Report on the lunatic asylums in Bengal - 1862-
Year: 1862
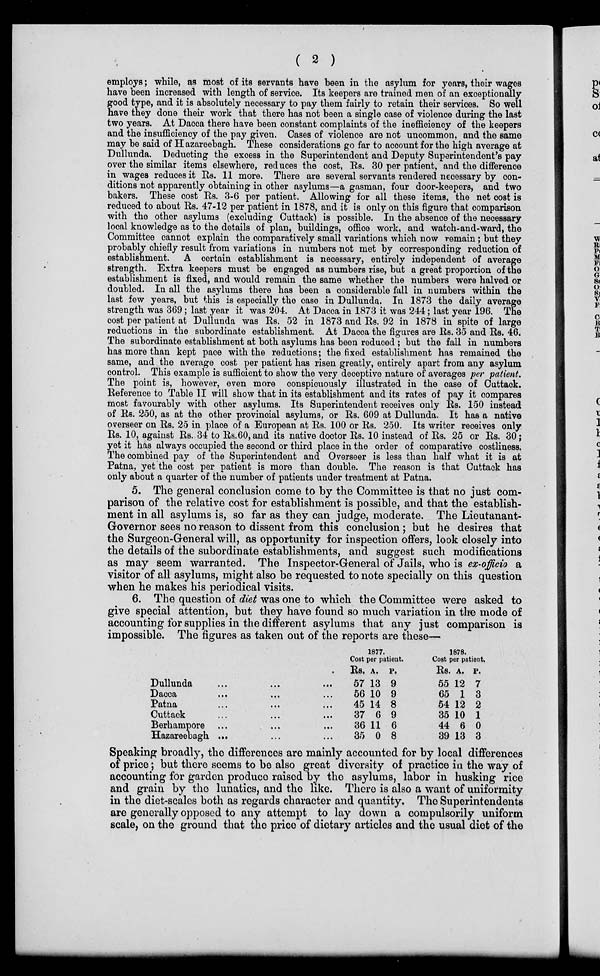
( 2 )
employs; while, as most of its servants have been in the asylum for years, their wages
have been increased with length of service. Its keepers are trained men of an exceptionally
good type, and it is absolutely necessary to pay them fairly to retain their services. So well
have they done their work that there has not been a single case of violence during the last
two years. At Dacca there have been constant complaints of the inefficiency of the keepers
and the insufficiency of the pay given. Cases of violence are not uncommon, and the same
may be said of Hazareebagh. These considerations go far to account for the high average at
Dullunda. Deducting the excess in the Superintendent and Deputy Superintendent's pay
over the similar items elsewhere, reduces the cost, Rs. 30 per patient, and the difference
in wages reduces it Rs. 11 more. There are several servants rendered necessary by con-
ditions not apparently obtaining in other asylums—a gasman, four door-keepers, and two
bakers. These cost Rs. 3-6 per patient. Allowing for all these items, the net cost is
reduced to about Rs. 47-12 per patient in 1878, and it is only on this figure that comparison
with the other asylums (excluding Cuttack) is possible. In the absence of the necessary
local knowledge as to the details of plan, buildings, office work, and watch-and-ward, the
Committee cannot explain the comparatively small variations which now remain; but they
probably chiefly result from variations in numbers not met by corresponding reduction of
establishment. A certain establishment is necessary, entirely independent of average
strength. Extra keepers must be engaged as numbers rise, but a great proportion of the
establishment is fixed, and would remain the same whether the numbers were halved or
doubled. In all the asylums there has been a considerable fall in numbers within the
last few years, but this is especially the case in Dullunda. In 1873 the daily average
strength was 369; last year it was 204. At Dacca in 1873 it was 244; last year 196. The
cost per patient at Dullunda was Rs. 52 in 1873 and Rs. 92 in 1878 in spite of large
reductions in the subordinate establishment. At Dacca the figures are Rs. 35 and Rs. 46.
The subordinate establishment at both asylums has been reduced ; but the fall in numbers
has more than kept pace with the reductions; the fixed establishment has remained the
same, and the average cost per patient has risen greatly, entirely apart from any asylum
control. This example is sufficient to show the very deceptive nature of averages per patient.
The point is, however, even more conspicuously illustrated in the case of Cuttack.
Reference to Table II will show that in its establishment and its rates of pay it compares
most favourably with other asylums. Its Superintendent receives only Rs. 150 instead
of Rs. 250, as at the other provincial asylums, or Rs. 609 at Dullunda. It has a native
overseer on Rs. 25 in place of a European at Rs. 100 or Rs. 250. Its writer receives only
Rs. 10, against Rs. 34 to Rs.60, and its native doctor Rs. 10 instead of Rs. 25 or Rs. 30;
yet it has always occupied the second or third place in the order of comparative costliness.
The combined pay of the Superintendent and Overseer is less than half what it is at
Patna, yet the cost per patient is more than double. The reason is that Cuttack has
only about a quarter of the number of patients under treatment at Patna.
5. The general conclusion come to by the Committee is that no just com-
parison of the relative cost for establishment is possible, and that the establish-
ment in all asylums is, so far as they can judge, moderate. The Lieutanant-
Governor sees no reason to dissent from this conclusion ; but he desires that
the Surgeon-General will, as opportunity for inspection offers, look closely into
the details of the subordinate establishments, and suggest such modifications
as may seem warranted. The Inspector-General of Jails, who is ex-officio a
visitor of all asylums, might also be requested to note specially on this question
when he makes his periodical visits.
6. The question of diet was one to which the Committee were asked to
give special attention, but they have found so much variation in the mode of
accounting for supplies in the different asylums that any just comparison is
impossible. The figures as taken out of the reports are these—
Dullunda ... ... ...
Dacca ... ... ...
Patna ... ... ...
Cuttack ... ... ...
Berhampore ... ... ...
Hazareebagh ... ... ...
1877.
Cost per patient.
Rs.
57
56
45
37
36
35
A.
13
10
14
6
11
0
P.
9
9
8
9
6
8
1878.
Cost per patient.
Rs.
55
65
54
35
44
39
A.
12
1
12
10
6
13
P.
7
3
2
1
0
3
Speaking broadly, the differences are mainly accounted for by local differences
of price; but there seems to be also great diversity of practice in the way of
accounting for garden produce raised by the asylums, labor in husking rice
and grain by the lunatics, and the like. There is also a want of uniformity
in the diet-scales both as regards character and quantity. The Superintendents
are generally opposed to any attempt to lay down a compulsorily uniform
scale, on the ground that the price of dietary articles and the usual diet of the